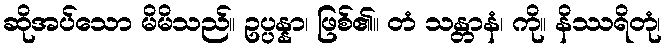
ဆိုအပ်သော မိမိသည်။ ဥပ္ပန္နာ၊ ဖြစ်၏။ တံ သန္တာနံ၊ ကို။ နိဿရိတုံ၊